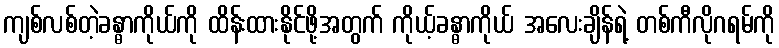
ကျစ်လစ်တဲ့ခန္ဓာကိုယ်ကို ထိန်းထားနိုင်ဖို့အတွက် ကိုယ့်ခန္ဓာကိုယ် အလေးချိန်ရဲ့ တစ်ကီလိုဂရမ်ကို